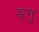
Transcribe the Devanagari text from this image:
ङ्गु